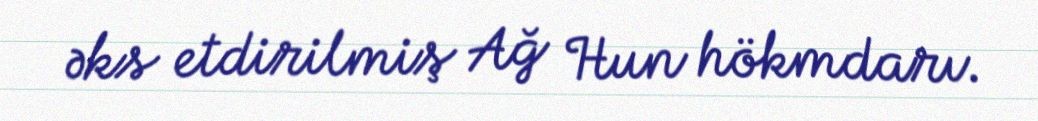
əks etdirilmiş Ağ Hun hökmdarı.